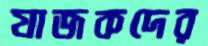
যাজকদের